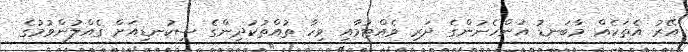
އޭރު އެތަކެއް މާބަނޑު އަންހެނުންގެ ދަރި ވެއްޓުމާއި ވިހާ ތުއްތުކުދިންގެ ސިކުނޑިއަށް ގެއްލުންވުމުގެ